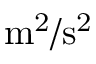
\mathrm { { m } ^ { 2 } / \mathrm { { s } ^ { 2 } } }